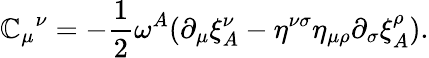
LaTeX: {\mathbb{C}_{\mu}}^{\nu}=-\frac{1}{2}\omega^{A}(\partial_{\mu}\xi_{A}^{\nu}-\eta^{\nu\sigma}\eta_{\mu\rho}\partial_{\sigma}\xi_{A}^{\rho}).